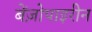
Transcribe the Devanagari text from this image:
बेंज़ोपाइरीन